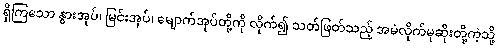
ရှိကြသော နွားအုပ်၊ မြင်းအုပ်၊ မျောက်အုပ်တို့ကို လိုက်၍ သတ်ဖြတ်သည့် အမဲလိုက်မုဆိုးတို့ကဲ့သို့